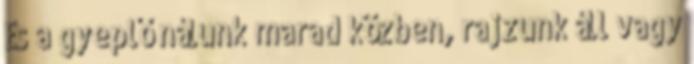
És a gyeplő nálunk marad közben, rajzunk áll vagy